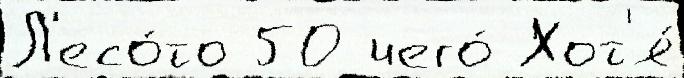
Л'есо́то 50 чего́ Хот'я́